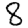
Digit: 8